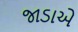
જાડાએ